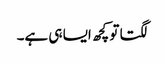
لگتا تو کچھ ایسا ہی ہے۔